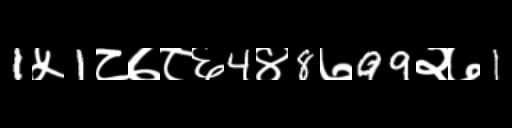
Text: 1५1८७८६4४8७99२७1